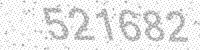
Solution: 521682